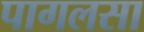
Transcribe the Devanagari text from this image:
पागलसा